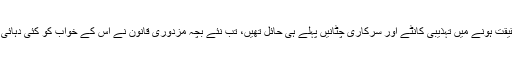
اس خواب کے حقیقت ہونے میں تہذیبی کانٹے اور سرکاری چٹانیں پہلے ہی حائل تھیں، تب نئے بچہ مزدوری قانون نے اس کے خواب کو کئی دہائی آگے کھسکا دیا ۔